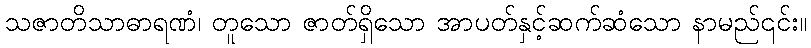
သဇာတိသာဓာရဏံ၊ တူသော ဇာတ်ရှိသော အာပတ်နှင့်ဆက်ဆံသော နာမည်၎င်း။